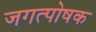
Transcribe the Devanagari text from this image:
जगत्पोषक